Civil Veterinary Dept. North-West Frontier Province 1923-32 - 1923-1932
Year: 1923
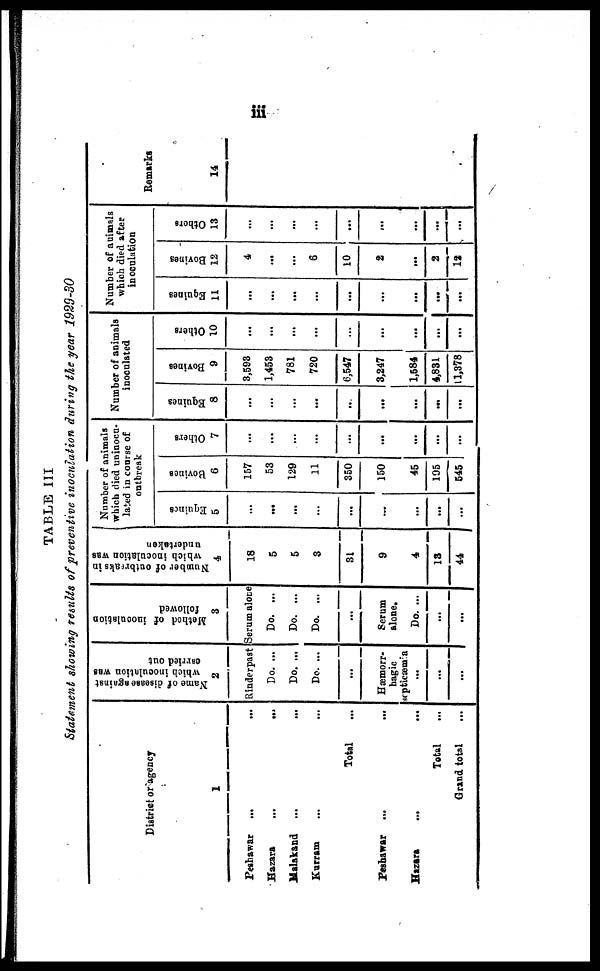
iii
TABLE III
Statement showing results of preventive inoculation during the year 1929-30
District or agency
1
Peshawar
...
...
Hazara
...
...
Malakand ... ...
Kurram ... ...
Total ...
Peshawar ... ...
Hazara
... ...
Total ...
Grand total ...
Name of disease against
which inoculation was
carried out
2
Rinderpast
Do. ...
Do. ...
Do. ...
...
Hæmorr-
hagic
septicæmia
...
...
...
Method of inoculation
followed
3
Serum alone
Do. ...
Do. ...
Do. ...
Serum
alone.
Do. ...
...
...
Number of outbreaks in
which inoculation was
undertaken
4
18
5
5
3
31
9
4
13
44
Number of animals
which died uninocu¬
lated in course of
outbreak
Equines
5
...
...
...
...
...
...
...
...
...
Bovines
6
157
53
129
11
350
150
45
195
545
Others
7
...
...
...
...
...
...
...
...
...
Number of animals
inoculated
Equines
8
...
...
...
...
...
...
...
...
...
Bovines
9
3,593
1,453
781
720
6,547
3,247
1,584
4,831
11,378
Others
10
...
...
...
...
...
...
...
...
...
Number of animals
which died after
inoculation
Equines
11
...
...
...
...
...
...
...
...
Bovines
12
4
...
...
6
10
2
...
2
12
Others
13
...
...
...
...
...
...
...
...
...
Remarks
14